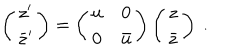
\left( \begin{array} { c } { { z ^ { \prime } } } \\ { { \bar { z } ^ { \prime } } } \\ \end{array} \right) = \left( \begin{array} { c c } { { u } } & { { 0 } } \\ { { 0 } } & { { \bar { u } } } \\ \end{array} \right) \left( \begin{array} { c } { { z } } \\ { { \bar { z } } } \\ \end{array} \right) \ .